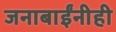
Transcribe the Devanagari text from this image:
जनाबाईंनीही